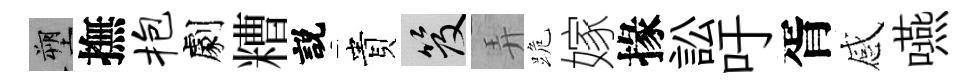
塑撫抱劇糟説貴笈弄跪嫁掾訟吁胥感嚥